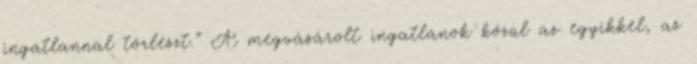
ingatlannal törleszt.” A megvásárolt ingatlanok közül az egyikkel, az